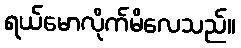
ရယ်မောလိုက်မိလေသည်။